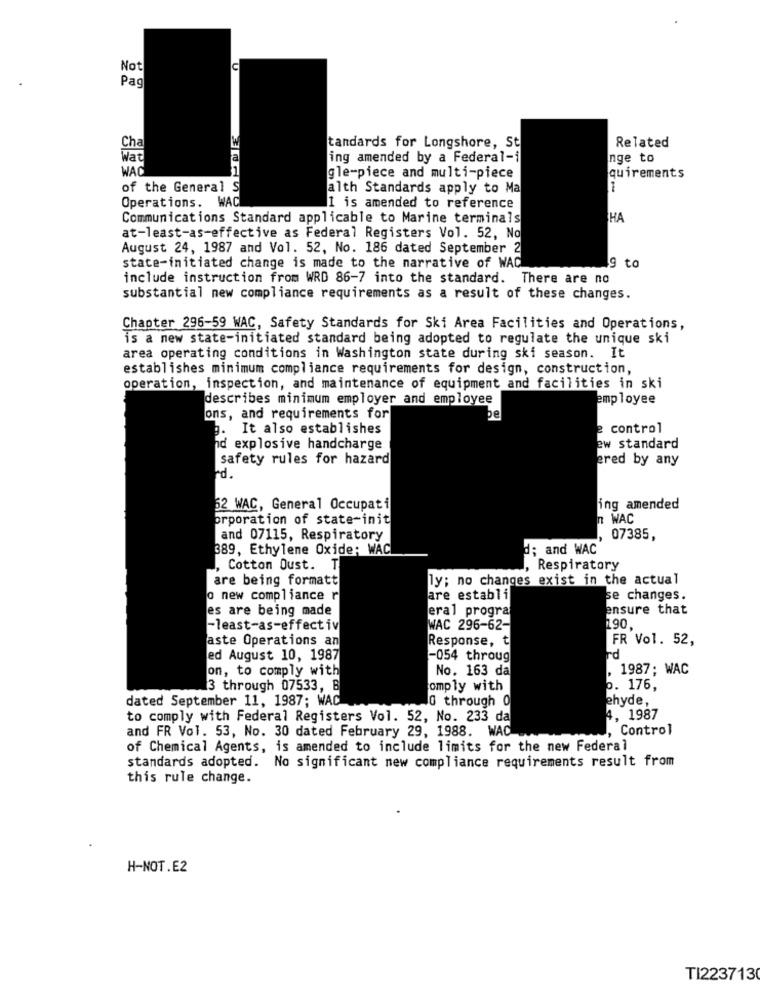
Not
c
Pag
Related
Cha
tandards for Longshore, St
Wat
ing amended by a Federal-i
nge to
WAT
quirements
gle-piece and multi-piece
of the General S
alth Standards apply to Ma
1
Operations. WAC
1 is amended to reference
Communications Standard applicable to Marine terminals
HA
at-least-as-effective as Federal Registers Vol. 52, No
August 24, 1987 and Vol. 52, No. 186 dated September 2
Ig to
state-initiated change is made to the narrative of WAC
include instruction from WRD 86-7 into the standard. There are no
substantial new compliance requirements as a result of these changes.
Chapter 296-59 WAC, Safety Standards for Ski Area Facilities and Operations,
is a new state-initiated standard being adopted to regulate the unique ski
area operating conditions in Washington state during ski season. It
establishes minimum compliance requirements for design, construction,
operation, inspection, and maintenance of equipment and facilities in ski
describes minimum employer and employee
employee
ons, and requirements for
þe
b. It also establishes
e control
hd explosive handcharge
ew standard
safety rules for hazard
ered by any
rd.
62 WAC, General Occupati
ing amended
prporation of state-init
n WAC
and 07115, Respiratory
07385,
889, Ethylene Oxide; WAC
d; and WAC
Cotton Oust. T
, Respiratory
are being formatt
ly; no changes exist in the actual
o new compliance r
are establi
se changes.
es are being made
eral progra
ensure that
-least-as-effectiv
WAC 296-62-
190.
aste Operations an
Response, t
FR Vol. 52,
ed August 10, 1987
-054 throug
rd
on, to comply with
No. 163 da
1987; WAC
3 through 07533, B
omply with
.. 176,
dated September 11, 1987; WAC
G through 0
ehyde,
to comply with Federal Registers Vol. 52, No. 233 da
4, 1987
and FR Vol. 53, No. 30 dated February 29, 1988. WAC
, Control
of Chemical Agents, is amended to include limits for the new Federal
standards adopted. No significant new compliance requirements result from
this rule change.
H-NOT.E2
TI223713